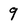
Character: 9